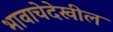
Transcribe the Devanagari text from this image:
भावाचेदेखील